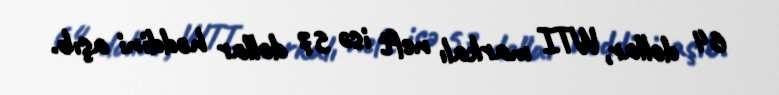
64 dollar, WTI markalı neft isə 57 dollar həddini aşıb.